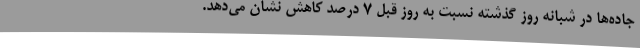
جاده‌ها در شبانه‌ روز گذشته نسبت به روز قبل 7 درصد کاهش نشان می‌دهد.